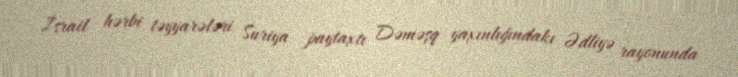
İsrail hərbi təyyarələri Suriya paytaxtı Dəməşq yaxınlığındakı Ədliyə rayonunda